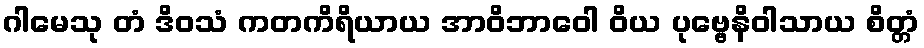
ဂါမေသု တံ ဒိဝသံ ကတကိရိယာယ အာဝိဘာဝေါ ဝိယ ပုဗ္ဗေနိဝါသာယ စိတ္တံ